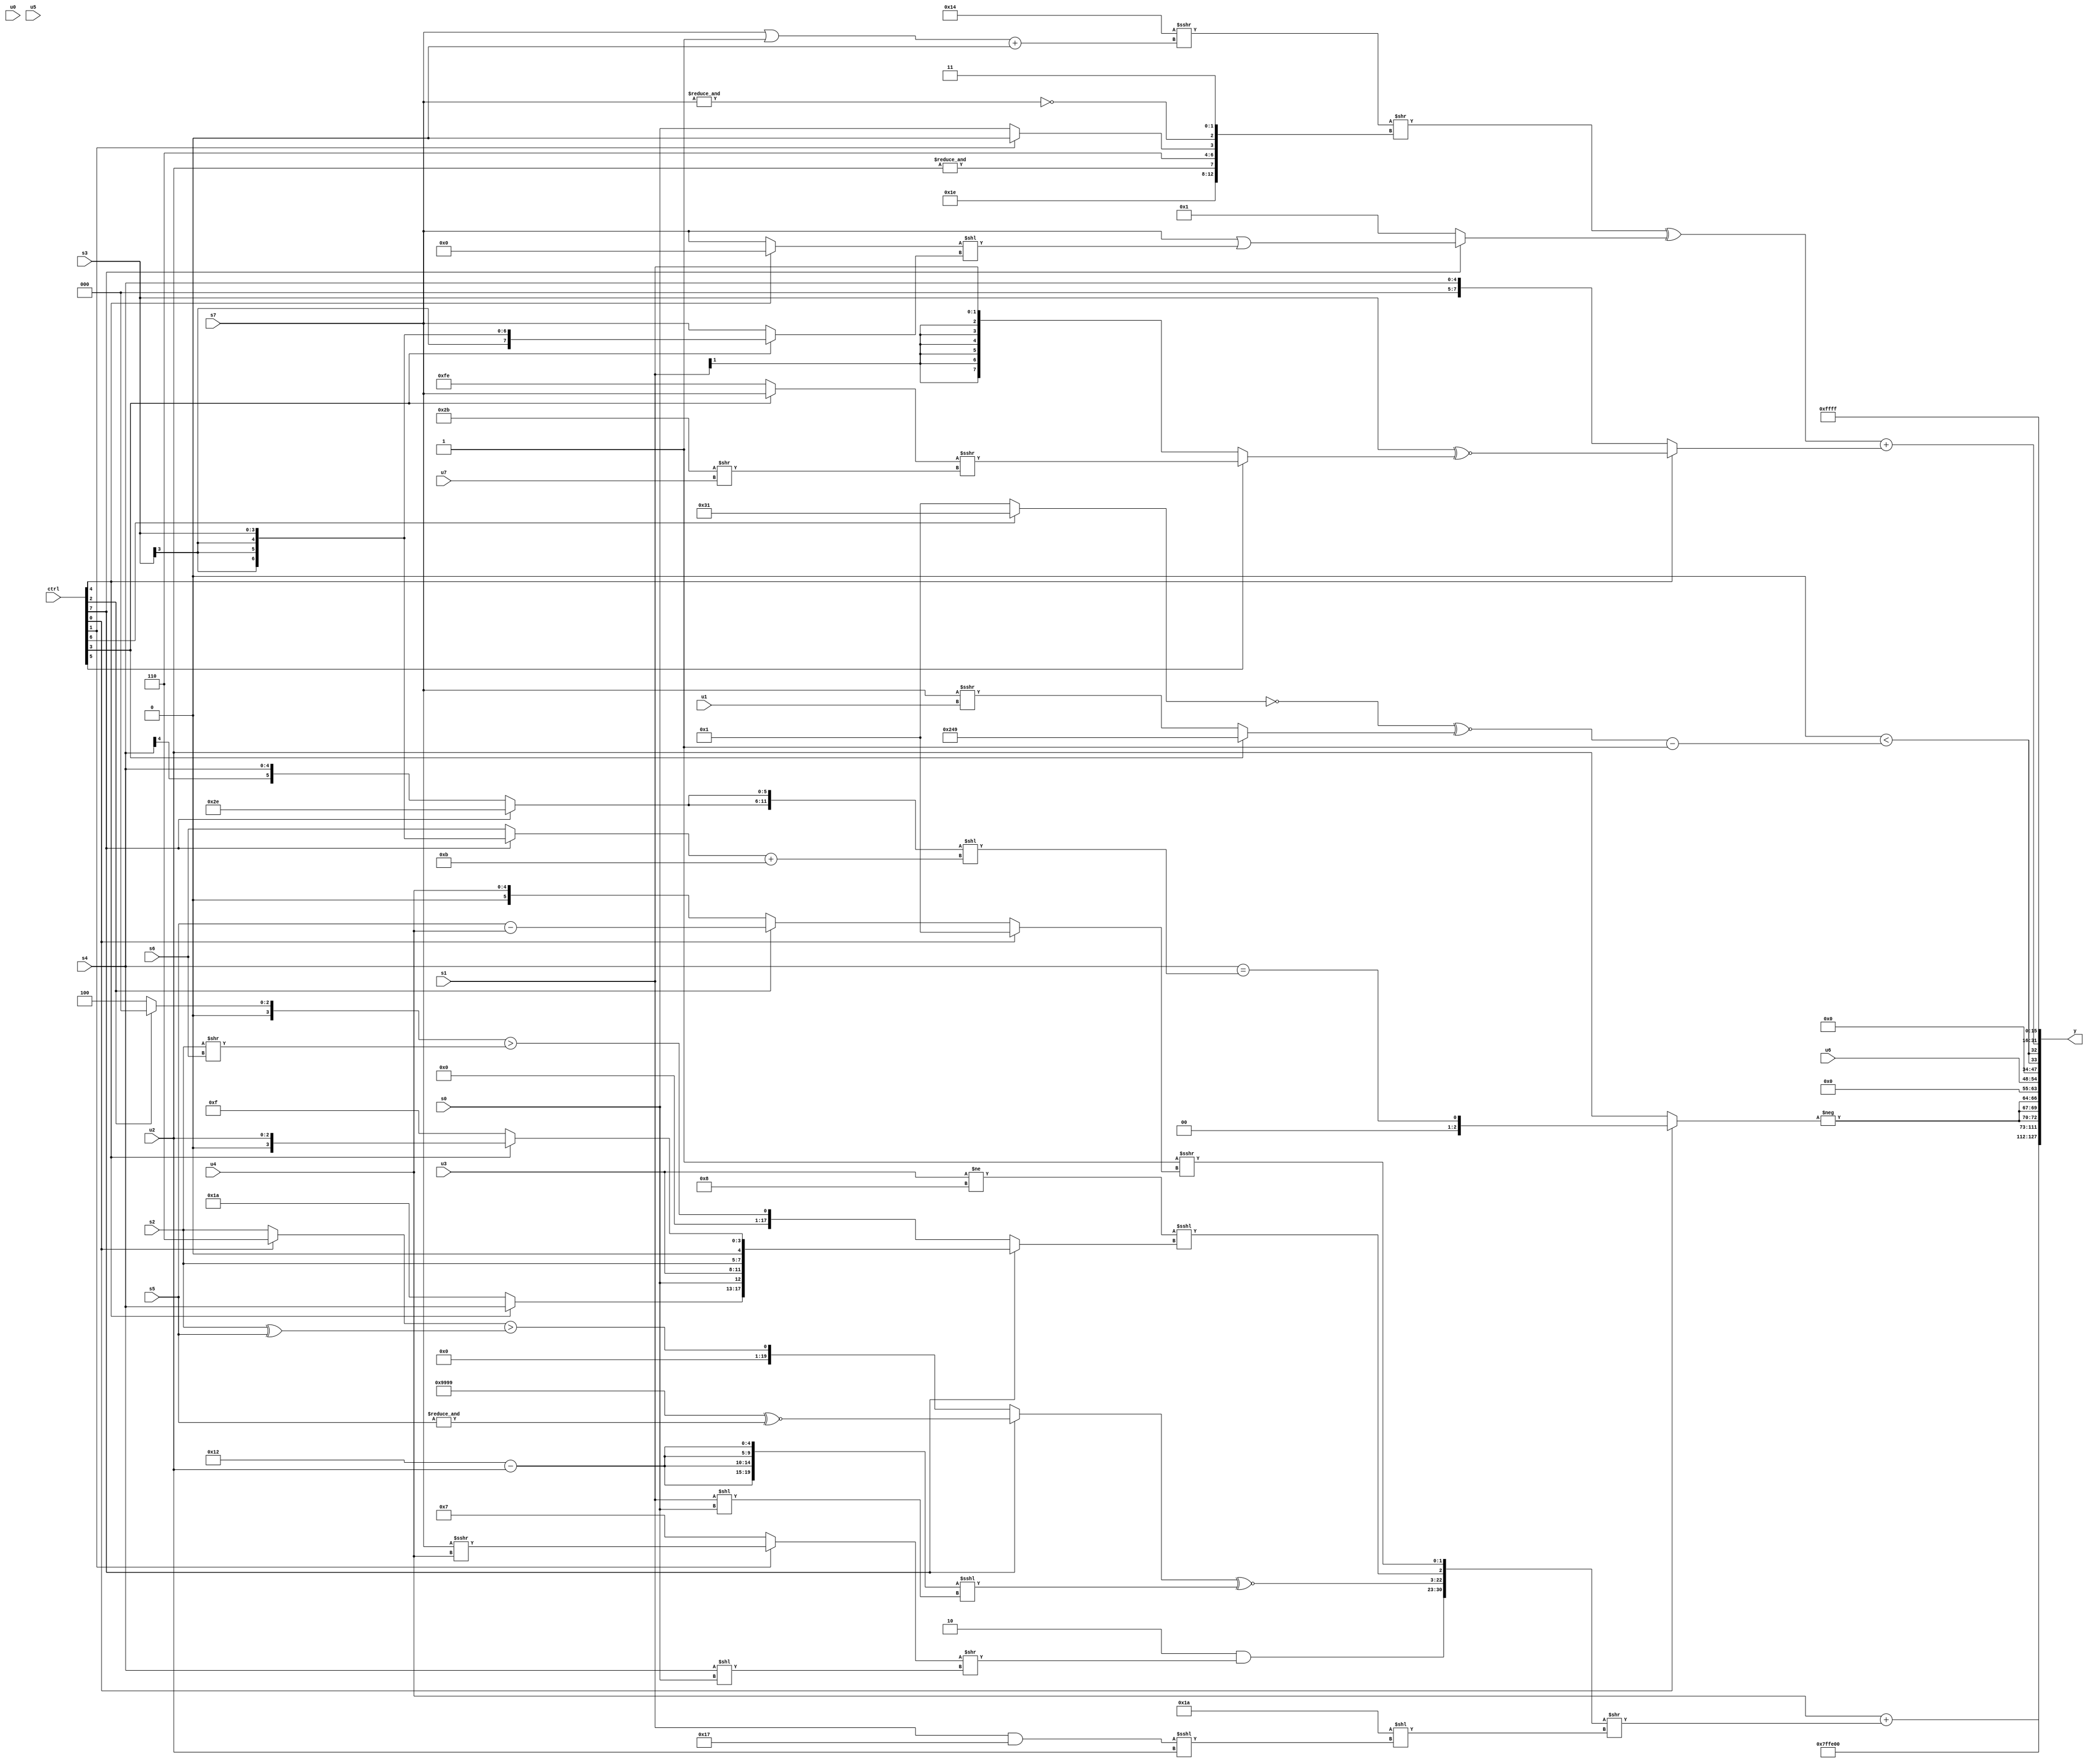
module wideexpr_00510(ctrl, u0, u1, u2, u3, u4, u5, u6, u7, s0, s1, s2, s3, s4, s5, s6, s7, y);
  input [7:0] ctrl;
  input [0:0] u0;
  input [1:0] u1;
  input [2:0] u2;
  input [3:0] u3;
  input [4:0] u4;
  input [5:0] u5;
  input [6:0] u6;
  input [7:0] u7;
  input signed [0:0] s0;
  input signed [1:0] s1;
  input signed [2:0] s2;
  input signed [3:0] s3;
  input signed [4:0] s4;
  input signed [5:0] s5;
  input signed [6:0] s6;
  input signed [7:0] s7;
  output [127:0] y;
  wire [15:0] y0;
  wire [15:0] y1;
  wire [15:0] y2;
  wire [15:0] y3;
  wire [15:0] y4;
  wire [15:0] y5;
  wire [15:0] y6;
  wire [15:0] y7;
  assign y = {y0,y1,y2,y3,y4,y5,y6,y7};
  assign y0 = +((u4)+(({(2'sb10)&(((ctrl[1]?(s7)>>>(u4):+(6'sb000111)))>>($signed((s4)<<(s0)))),((ctrl[7]?({4{4'sb1001}})^~(&(s5)):((ctrl[0]?2'sb10:s2))>((s2)^(s5))))^~(({4{(5'sb10010)-(u2)}})<<<(+((s1)<<(s0)))),(+({1{(u3)!=(6'sb001000)}}))<<<((ctrl[7]?{(ctrl[4]?s4:5'sb11010),{s0,u3,s2},(ctrl[4]?u2:5'sb01111)}:((ctrl[2]?1'sb0:6'sb000100))>((s2)>>(s6)))),(2'sb11)>>>((ctrl[0]?1'b1:(ctrl[2]?(s5)-(u4):(ctrl[0]?u2:u4))))})>>(($signed(6'sb011010))<<($signed(($signed((s1)&(6'sb010111)))<<<(u2))))));
  assign y1 = +($signed($signed(((6'sb000000)>=(6'sb010100))<<<((2'sb00)^(3'sb001)))));
  assign y2 = 5'sb11100;
  assign y3 = {3{-((ctrl[0]?(s4)==(($unsigned({1{{2{(ctrl[7]?6'sb101110:s4)}}}}))<<(($signed((ctrl[7]?$signed(s3):$signed(s6))))+(5'sb01011))):u2))}};
  assign y4 = u6;
  assign y5 = {2{{1{(({(ctrl[3]?{1{1'b0}}:~|(s5))})>>(5'sb01011))<(((~((ctrl[6]?6'sb110001:4'sb0001)))^~((ctrl[3]?{2{6'sb001001}}:(s7)>>>(u1))))-({({4{1'sb1}})>(4'b0100)}))}}}};
  assign y6 = +(((($signed((6'sb110100)>>>(((s7)|(4'sb1111))+(2'sb00))))>>({$signed({6'sb011110,&(u2),3'sb110,(ctrl[1]?1'sb0:s0)}),~&(s7),2'sb11}))^((ctrl[7]?$signed((s7)|(((ctrl[4]?1'sb0:s7))<<((ctrl[3]?s3:s7)))):+(~^(((s0)-(s1))<<(3'b101))))))+((ctrl[4]?$signed((s3)^~((ctrl[5]?((ctrl[3]?s7:6'sb111110))>>>((6'b101011)>>(u7)):s1))):s4)));
  assign y7 = 1'sb1;
endmodule